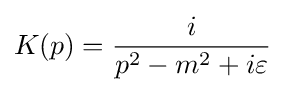
K(p)={\frac {i}{p^{2}-m^{2}+i\varepsilon }}